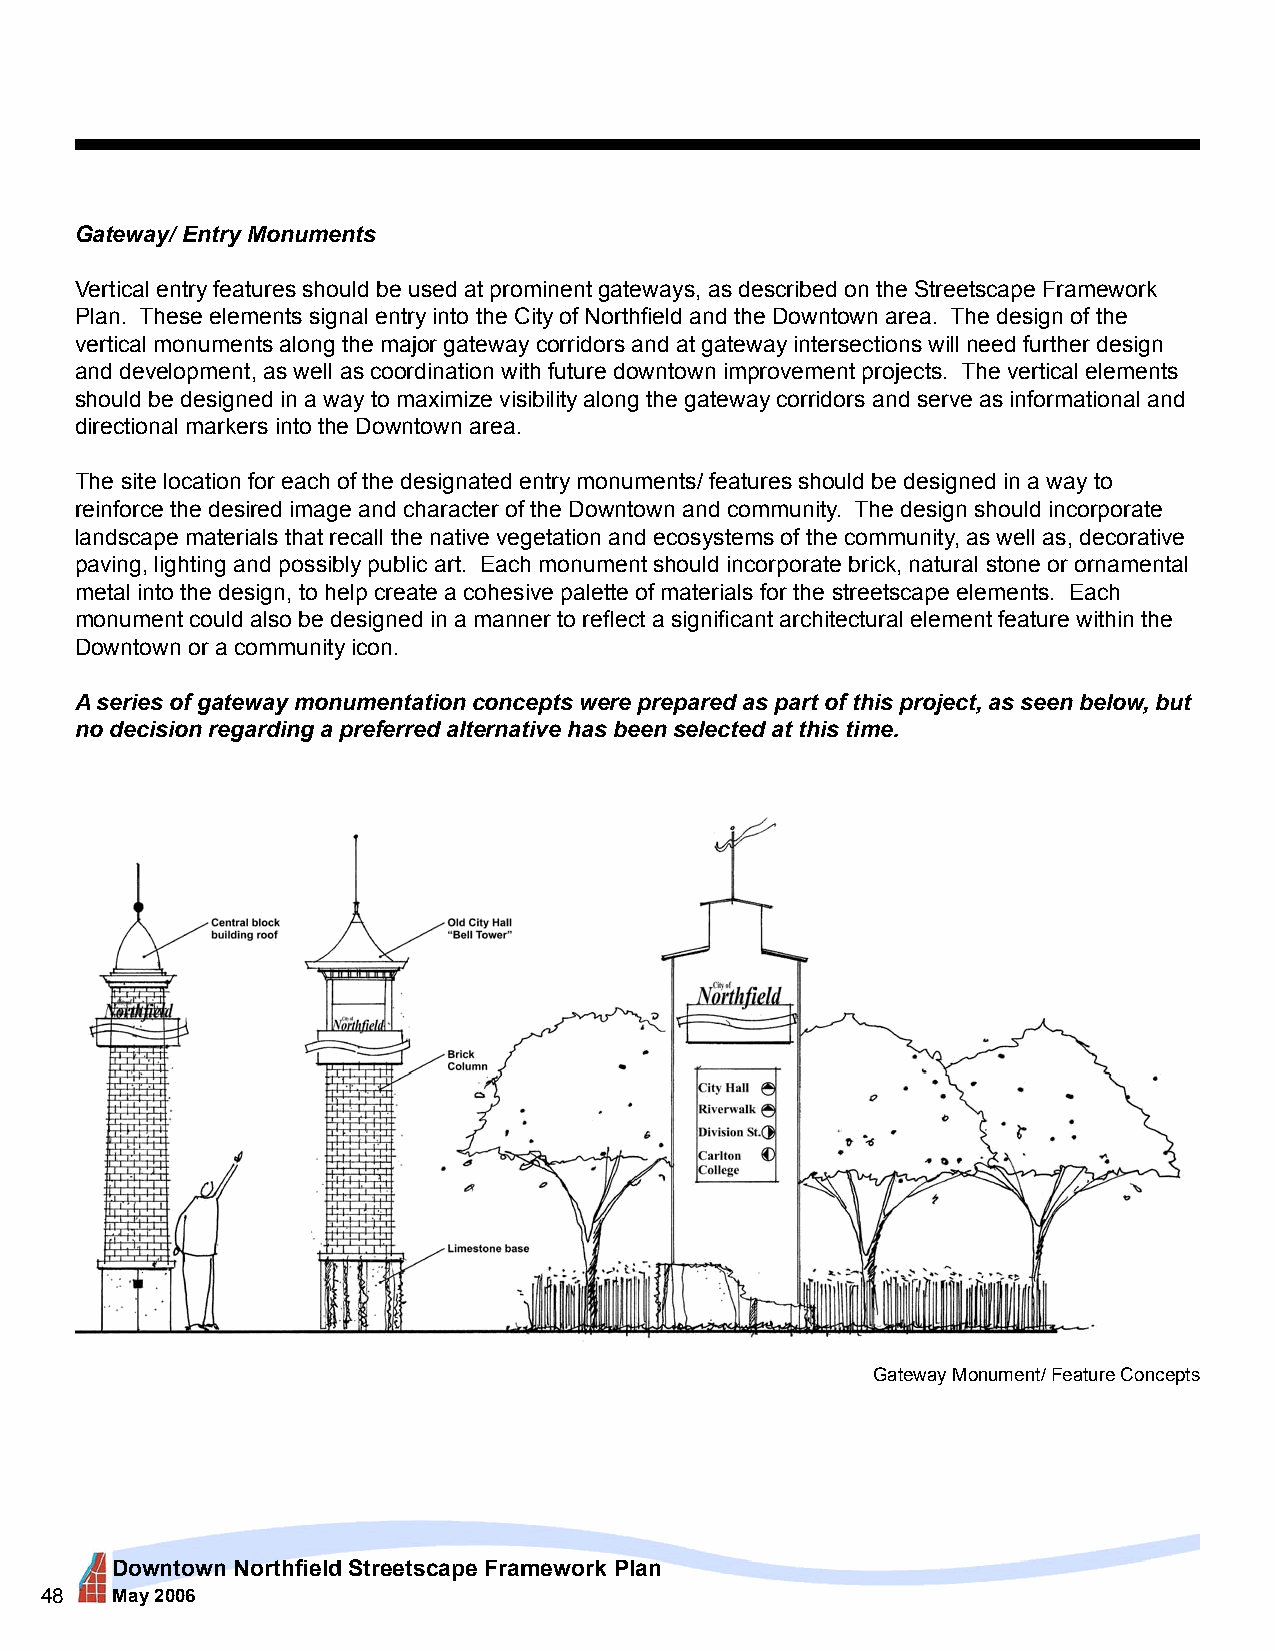
Gateway/ Entry Monuments
 Vertical entry features should be used at prominent gateways, as described on the Streetscape Framework
 Plan. These elements signal entry into the City of Northfield and the Downtown area. The design of the
 vertical monuments along the major gateway corridors and at gateway intersections will need further design
 and development, as well as coordination with future downtown improvement projects. The vertical elements
 should be designed in a way to maximize visibility along the gateway corridors and serve as informational and
 directional markers into the Downtown area.
 The site location for each of the designated entry monuments/ features should be designed in a way to
 reinforce the desired image and character of the Downtown and community. The design should incorporate
 landscape materials that recall the native vegetation and ecosystems of the community, as well as, decorative
 paving, lighting and possibly public art. Each monument should incorporate brick, natural stone or ornamental
 metal into the design, to help create a cohesive palette of materials for the streetscape elements. Each
 monument could also be designed in a manner to reflect a significant architectural element feature within the
 Downtown or a community icon.
 A series of gateway monumentation concepts were prepared as part of this project, as seen below, but
 no decision regarding a preferred alternative has been selected at this time.
 Gateway Monument/ Feature Concepts
 Downtown Northfield Streetscape Framework Plan
 48  May 2006